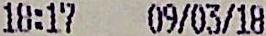
18:17 09/03/18